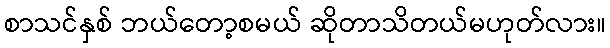
စာသင်နှစ် ဘယ်တော့စမယ် ဆိုတာသိတယ်မဟုတ်လား။